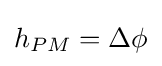
h_{PM}=\Delta \phi \,\!